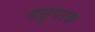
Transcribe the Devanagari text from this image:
मातृपरक